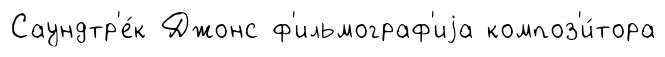
Саундтр'е́к Джонс ф'ильмограф'иjа композ'и́тора